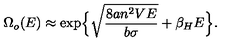
\Omega _ { o } ( E ) \approx \exp \Bigl \{ \sqrt { \frac { 8 a n ^ { 2 } V E } { b \sigma } } + \beta _ { H } E \Bigr \} .